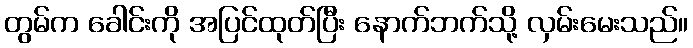
တွမ်က ခေါင်းကို အပြင်ထုတ်ပြီး နောက်ဘက်သို့ လှမ်းမေးသည်။